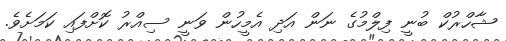
ޝާހްރުކް ބުނީ ފިލްމުގެ ނަން އަދި އެމީހުން ވަނީ ސިއްރު ކޮށްފައި ކަމަށެވެ.